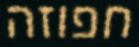
חפוזה